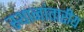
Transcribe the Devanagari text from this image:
स्थानांतारीय